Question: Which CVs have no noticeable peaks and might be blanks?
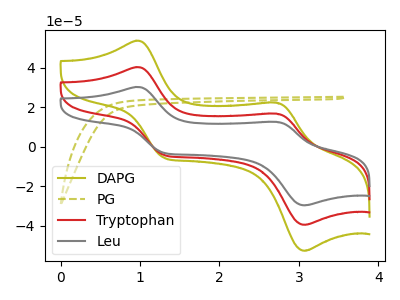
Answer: <think>The olive curve "DAPG" has anodic peaks at (0.95V, 80.45uA) (2.70V, 33.45uA) and cathodic peaks at (1.30V, -8.50uA) (3.05V, -78.90uA). The olive dashed curve "PG" has no peaks. The red curve "Tryptophan" has anodic peaks at (0.95V, 40.25uA) (2.70V, 16.75uA) and cathodic peaks at (1.30V, -4.25uA) (3.05V, -39.45uA). The gray curve "Leu" has anodic peaks at (0.95V, 30.20uA) (2.70V, 12.55uA) and cathodic peaks at (1.30V, -3.20uA) (3.05V, -29.60uA).</think>
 <answer>"PG" is likely to be a blank.</answer>
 <eval>PG</eval>